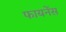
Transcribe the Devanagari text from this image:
फायनेंस